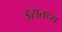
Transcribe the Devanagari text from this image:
इसतथ्य